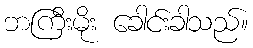
ဘကြီးမိုး ခေါင်းခါသည်။